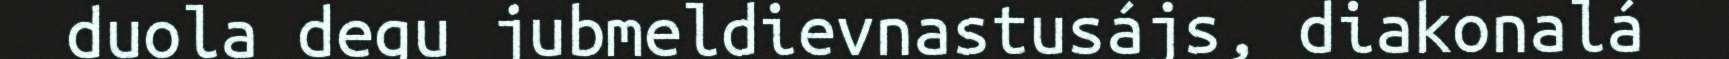
duola degu jubmeldievnastusájs, diakonalá